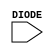
module sky130_fd_sc_hd__diode (
    DIODE
);

    input DIODE;

    // Voltage supply signals
    supply1 VPWR;
    supply0 VGND;
    supply1 VPB ;
    supply0 VNB ;

endmodule